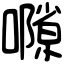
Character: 𡁸